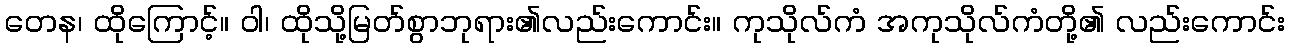
တေန၊ ထိုကြောင့်။ ဝါ၊ ထိုသို့မြတ်စွာဘုရား၏လည်းကောင်း။ ကုသိုလ်ကံ အကုသိုလ်ကံတို့၏ လည်းကောင်း